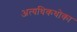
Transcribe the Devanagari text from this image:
अत्यधिकधोका